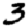
Digit: 3